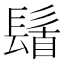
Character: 𮫆